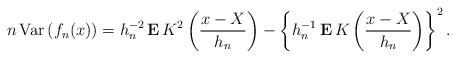
\begin{align*}n\,\mbox{{\rm Var}}\left( f_{n}(x)\right) =h_{n}^{-2}{\bf \,E\,}K^{2}\left(\frac{x-X}{h_{n}}\right) -\left\{ h_{n}^{-1}{\bf \,E\,}K\left( \frac{x-X}{h_{n}}\right) \right\} ^{2}. \end{align*}